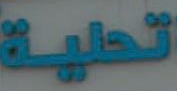
تحلية